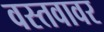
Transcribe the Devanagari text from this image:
वस्तवावर